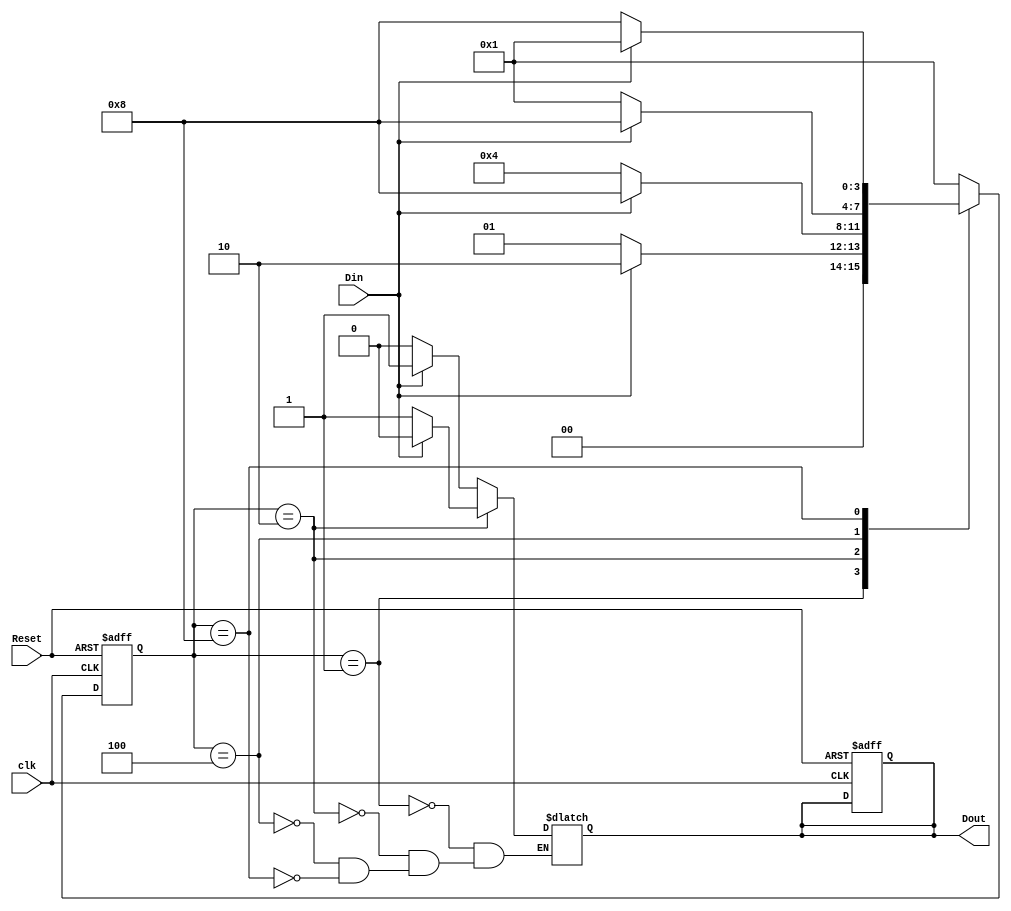
// Ecercise 8.2.4

module fsm22_behavioral (
    output reg Dout,
    input wire clk,
    input wire Reset,
    input wire Din
);
    parameter S0 = 4'b0001;
    parameter S1 = 4'b0010;
    parameter S2 = 4'b0100;
    parameter S3 = 4'b1000;

    reg [3:0] state, next_state;

    always @(posedge clk or posedge Reset) begin
        if (Reset) begin
            state <= S0;
            Dout <= 1'b0;
        end else begin
            state <= next_state;
        end
    end

    always @(*) begin
        case (state)
            S0: begin
                if (Din) begin
                    next_state = S1;
                    Dout = 1'b1;
                end else begin
                    next_state = S0;
                    Dout = 1'b0;
                end
            end
            S1: begin
                if (Din) begin
                    next_state = S3;
                    Dout = 1'b0;
                end else begin
                    next_state = S2;
                    Dout = 1'b1;
                end
            end
            S2: begin
                if (Din) begin
                    next_state = S3;
                    Dout = 1'b1;
                end else begin
                    next_state = S0;
                    Dout = 1'b0;
                end
            end
            S3: begin
                if (Din) begin
                    next_state = S0;
                    Dout = 1'b1;
                end else begin
                    next_state = S3;
                    Dout = 1'b0;
                end
            end
            default: next_state = S0;
        endcase
    end

endmodule

module fsm22_behavioral_tb;

    parameter CLK_PERIOD = 10;

    reg clk;
    reg Reset;
    reg Din;
    wire Dout;

    fsm22_behavioral DUT (
        .clk(clk),
        .Reset(Reset),
        .Din(Din),
        .Dout(Dout)
    );

    always #((CLK_PERIOD / 2)) clk <= ~clk;

    initial begin
        $dumpfile("fsm22_behavioral_tb.vcd");
        $dumpvars(0, fsm22_behavioral_tb);

        Reset = 1;
        #20 Reset = 0;

        Din = 0;
        #20 Din = 1;
        #20 Din = 0;
        #20 Din = 1;
        #20 Din = 0;
        #20 $finish;
    end

endmodule

module fsm22_behavioral_wb;

    reg clk;
    reg Reset;
    reg Din;
    wire Dout;

    fsm22_behavioral DUT (
        .clk(clk),
        .Reset(Reset),
        .Din(Din),
        .Dout(Dout)
    );

    initial begin
        clk = 0;
    end

    always #5 clk <= ~clk;

    initial begin
        $monitor("Time %0t, Reset: %b, Din: %b, Dout: %b, clk: %b, current_state: %b", $time, Reset, Din, Dout, clk, DUT.state);
        $dumpfile("fsm22_behavioral_wb.vcd");
        $dumpvars(0, fsm22_behavioral_wb);

        Reset = 1;
        #20 Reset = 0;

        Din = 0;
        #10 Din = 1;
        #10 Din = 0;
        #10 Din = 1;
        #10 Din = 0;
        #10 Din = 1;
        #10 Din = 0;

        #50 $finish;
    end

endmodule